Plague in India, 1896, 1897 - Volume 1
Year: 1896
Disease focus: Plague
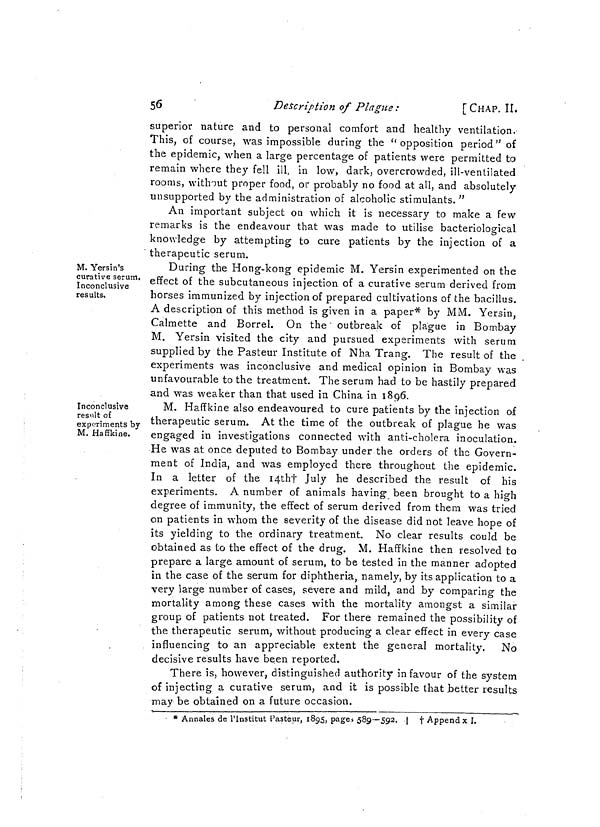
56
Description of Plague :
[CHAP. II.
superior nature and to personal comfort and healthy ventilation.
This, of course, was impossible during the "opposition period" of
the epidemic, when a large percentage of patients were permitted to
remain where they fell ill, in low, dark, overcrowded, ill-ventilated
rooms, without proper food, or probably no food at all, and absolutely
unsupported by the administration of alcoholic stimulants. "
An important subject on which it is necessary to make a few
remarks is the endeavour that was made to utilise bacteriological
knowledge by attempting to cure patients by the injection of a
therapeutic serum.
M. Yersin's
curative serum,
Inconclusive
results.
During the Hong-kong epidemic M. Yersin experimented on the
effect of the subcutaneous injection of a curative serum derived from
horses immunized by injection of prepared cultivations of the bacillus.
A description of this method is given in a paper* by MM. Yersin,
Calmette and Borrel. On the outbreak of plague in Bombay
M. Yersin visited the city and pursued experiments with serum
supplied by the Pasteur Institute of Nha Trang. The result of the
experiments was inconclusive and medical opinion in Bombay was
unfavourable to the treatment. The serum had to be hastily prepared
and was weaker than that used in China in 1896.
Inconclusive
result of
experiments by
M. Haffkine.
M. Haffkine also endeavoured to cure patients by the injection of
therapeutic serum. At the time of the outbreak of plague he was
engaged in investigations connected with anti-cholera inoculation.
He was at once deputed to Bombay under the orders of the Govern-
ment of India, and was employed there throughout the epidemic.
In a letter of the 14th† July he described the result of his
experiments. A number of animals having been brought to a high
degree of immunity, the effect of serum derived from them was tried
on patients in whom the severity of the disease did not leave hope of
its yielding to the ordinary treatment. No clear results could be
obtained as to the effect of the drug. M. Haffkine then resolved to
prepare a large amount of serum, to be tested in the manner adopted
in the case of the serum for diphtheria, namely, by its application to a
very large number of cases, severe and mild, and by comparing the
mortality among these cases with the mortality amongst a similar
group of patients not treated. For there remained the possibility of
the therapeutic serum, without producing a clear effect in every case
influencing to an appreciable extent the general mortality. No
decisive results have been reported.
There is, however, distinguished authority in favour of the system
of injecting a curative serum, and it is possible that better results
may be obtained on a future occasion.
* Annales de l'Institut Pasteur, 1895, pages 589—592. | † Append x I.